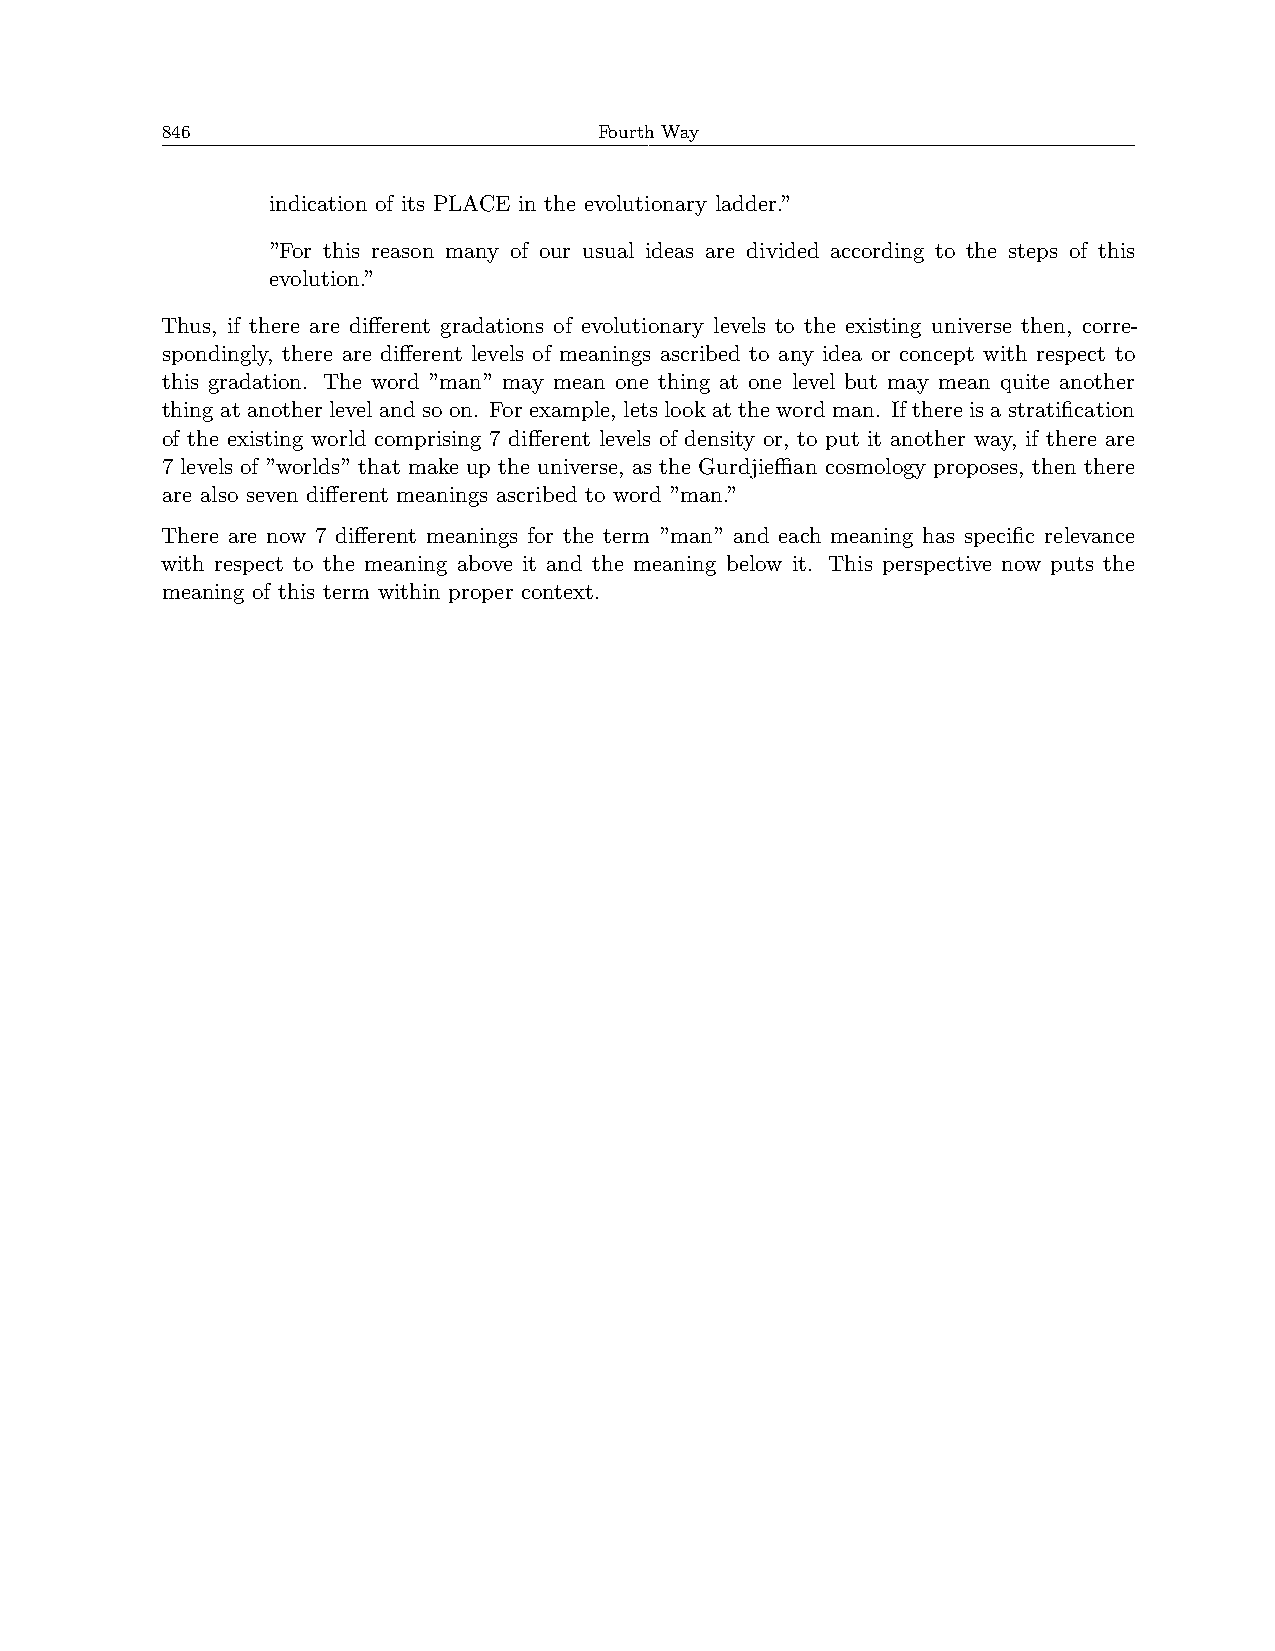
846                          Fourth Way
 indication of its PLACE in the evolutionary ladder.”
 ”For this reason many of our usual ideas are divided according to the steps of this
 evolution.”
 Thus, if there are different gradations of evolutionary levels to the existing universe then, corre-
 spondingly, there are different levels of meanings ascribed to any idea or concept with respect to
 this gradation. The word ”man” may mean one thing at one level but may mean quite another
 thing at another level and so on. For example, lets look at the word man. If there is a stratification
 of the existing world comprising 7 different levels of density or, to put it another way, if there are
 7 levels of ”worlds” that make up the universe, as the Gurdjieﬀian cosmology proposes, then there
 are also seven different meanings ascribed to word ”man.”
 There are now 7 different meanings for the term ”man” and each meaning has specific relevance
 with respect to the meaning above it and the meaning below it. This perspective now puts the
 meaning of this term within proper context.